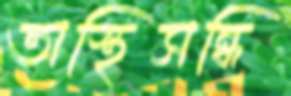
অস্থিসন্ধি